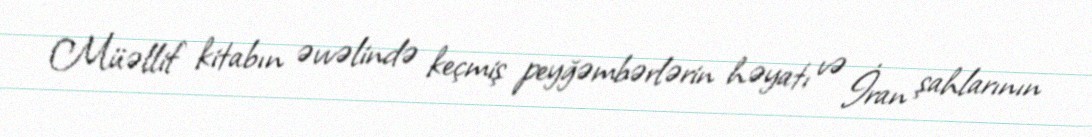
Müəllif kitabın əvvəlində keçmiş peyğəmbərlərin həyatı və İran şahlarının